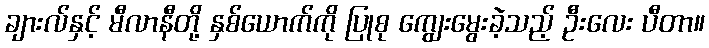
ချားလ်နှင့် မီလာနီတို့ နှစ်ယောက်ကို ပြုစု ကျွေးမွေးခဲ့သည့် ဦးလေး ပီတာ။